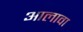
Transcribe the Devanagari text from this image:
अालावा